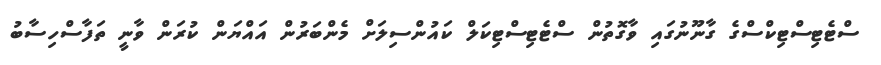
ސްޓެޓިސްޓިކްސްގެ ގާނޫނުގައި ވާގޮތުން ސްޓެޓިސްޓިކަލް ކައުންސިލަށް މެންބަރުން އައްޔަން ކުރަން ވާނީ ތަފާސްހިސާބު